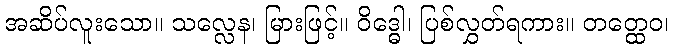
အဆိပ်လူးသော။ သလ္လေန၊ မြားဖြင့်။ ဝိဒ္ဓေါ၊ ပြစ်လွှတ်ရကား။ တတ္ထေဝ၊